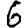
Digit: 6